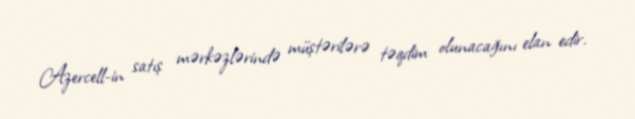
Azercell-in satış mərkəzlərində müştərilərə təqdim olunacağını elan edir.